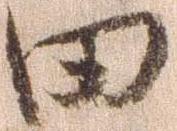
田